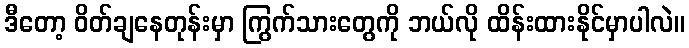
ဒီတော့ ဝိတ်ချနေတုန်းမှာ ကြွက်သားတွေကို ဘယ်လို ထိန်းထားနိုင်မှာပါလဲ။